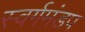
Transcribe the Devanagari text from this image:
स्वर्गमंडप